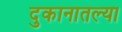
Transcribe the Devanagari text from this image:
दुकानातल्या